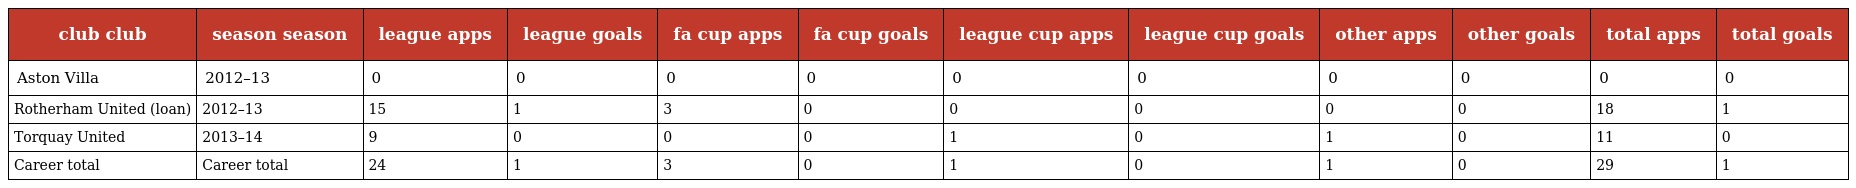
| club club | season season | league apps | league goals | fa cup apps | fa cup goals | league cup apps | league cup goals | other apps | other goals | total apps | total goals |
 | --- | --- | --- | --- | --- | --- | --- | --- | --- | --- | --- | --- |
 | Aston Villa | 2012–13 | 0 | 0 | 0 | 0 | 0 | 0 | 0 | 0 | 0 | 0 |
 | Rotherham United (loan) | 2012–13 | 15 | 1 | 3 | 0 | 0 | 0 | 0 | 0 | 18 | 1 |
 | Torquay United | 2013–14 | 9 | 0 | 0 | 0 | 1 | 0 | 1 | 0 | 11 | 0 |
 | Career total | Career total | 24 | 1 | 3 | 0 | 1 | 0 | 1 | 0 | 29 | 1 |